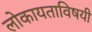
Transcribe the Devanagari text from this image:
लोकायताविषयी